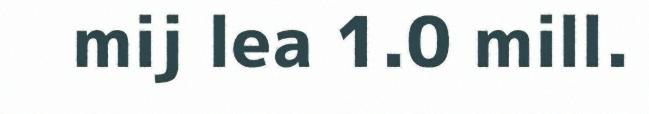
mij lea 1.0 mill.